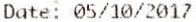
DATE: 05/10/2017